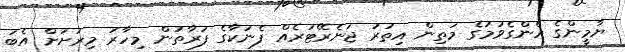
ޔާމީންގެ އެންގެވުމުގެ މަތިން އިތުރު ޖަނެރޭޓަރެއް ފެނަކާގެ ފަރާތުން މިހާރު މިރަށަށް އެބަ